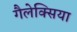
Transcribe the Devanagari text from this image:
गैलेक्सिया